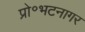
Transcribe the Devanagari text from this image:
प्रो॰भटनागर